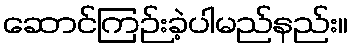
ဆောင်ကြဉ်းခဲ့ပါမည်နည်း။